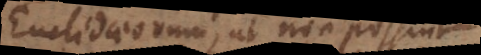
Euclidaeorum, ut non possint